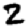
Digit: 2